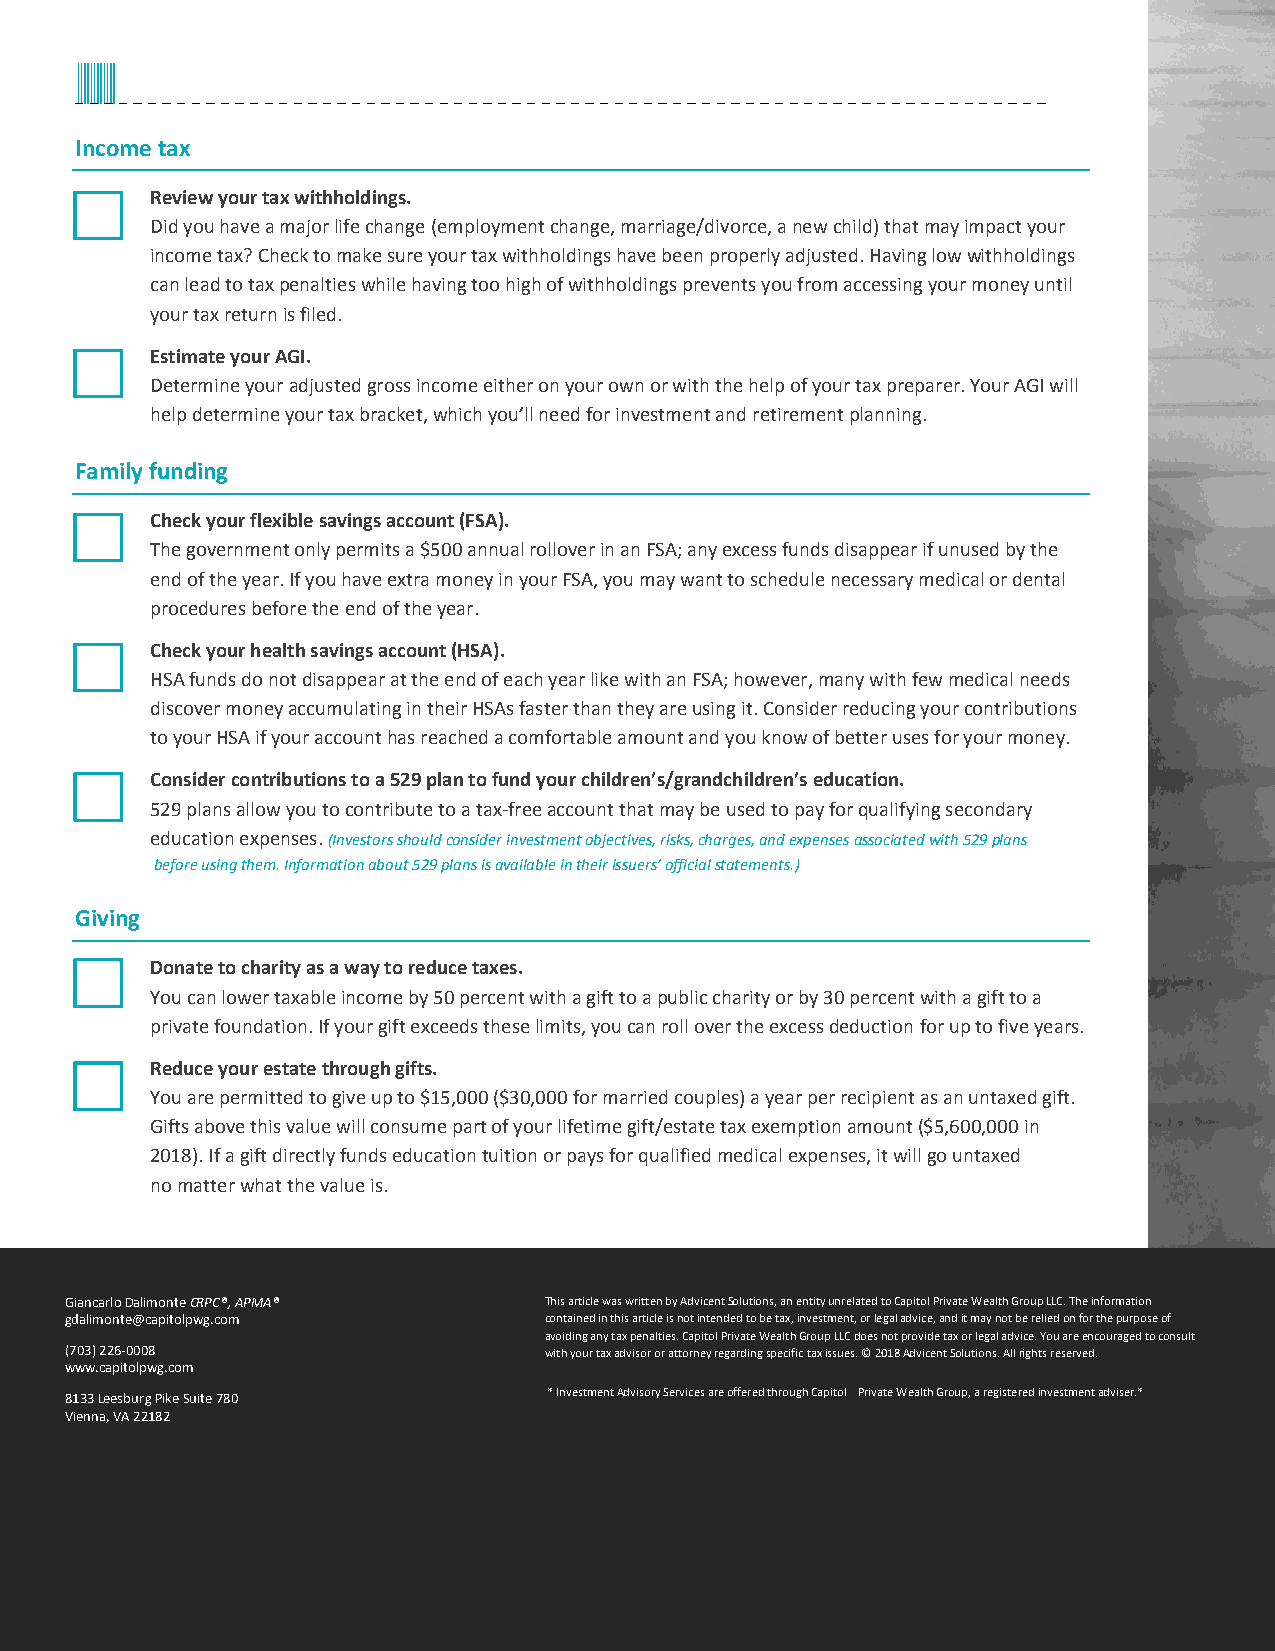
Income tax
 Review your tax withholdings.
 Did you have a major life change (employment change, marriage/divorce, a new child) that may impact your
 income tax? Check to make sure your tax withholdings have been properly adjusted. Having low withholdings
 can lead to tax penalties while having too high of withholdings prevents you from accessing your money until
 your tax return is filed.
 Estimate your AGI.
 Determine your adjusted gross income either on your own or with the help of your tax preparer. Your AGI will
 help determine your tax bracket, which you’ll need for investment and retirement planning.
 Family funding
 Check your flexible savings account (FSA).
 The government only permits a $500 annual rollover in an FSA; any excess funds disappear if unused by the
 end of the year. If you have extra money in your FSA, you may want to schedule necessary medical or dental
 procedures before the end of the year.
 Check your health savings account (HSA).
 HSA funds do not disappear at the end of each year like with an FSA; however, many with few medical needs
 discover money accumulating in their HSAs faster than they are using it. Consider reducing your contributions
 to your HSA if your account has reached a comfortable amount and you know of better uses for your money.
 Consider contributions to a 529 plan to fund your children’s/grandchildren’s education.
 529 plans allow you to contribute to a tax-free account that may be used to pay for qualifying secondary
 education expenses. (Investors should consider investment objectives, risks, charges, and expenses associated with 529 plans
 before using them. Information about 529 plans is available in their issuers’ official statements.)
 Giving
 Donate to charity as a way to reduce taxes.
 You can lower taxable income by 50 percent with a gift to a public charity or by 30 percent with a gift to a
 private foundation. If your gift exceeds these limits, you can roll over the excess deduction for up to five years.
 Reduce your estate through gifts.
 You are permitted to give up to $15,000 ($30,000 for married couples) a year per recipient as an untaxed gift.
 Gifts above this value will consume part of your lifetime gift/estate tax exemption amount ($5,600,000 in
 2018). If a gift directly funds education tuition or pays for qualified medical expenses, it will go untaxed
 no matter what the value is.
 Giancarlo Dalimonte CRPC®, APMA® This article was written by Advicent Solutions, an entity unrelated to Capitol Private Wealth Group LLC. The information
 gdalimonte@capitolpwg.com       contained in this article is not intended to be tax, investment, or legal advice, and it may not be relied on for the purpose of
 avoiding any tax penalties. Capitol Private Wealth Group LLC does not provide tax or legal advice. You are encouraged to consult
 (703) 226-0008                  with your tax advisor or attorney regarding specific tax issues. © 2018 Advicent Solutions. All rights reserved.
 www.capitolpwg.com
 8133 Leesburg Pike Suite 780    * Investment Advisory Services are offered through Capitol Private Wealth Group, a registered investment adviser.*
 Vienna, VA 22182